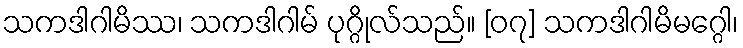
သကဒါဂါမိဿ၊ သကဒါဂါမ် ပုဂ္ဂိုလ်သည်။ [၀၇] သကဒါဂါမိမဂ္ဂေါ၊